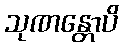
သုဏန္တောပိ